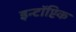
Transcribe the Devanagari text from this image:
इन्टॉप्टिक